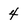
Character: 4